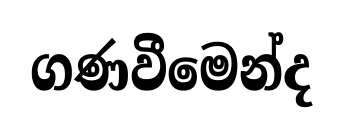
ගණවීමෙන්ද